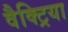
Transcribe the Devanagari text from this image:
वैक्ट्रिया